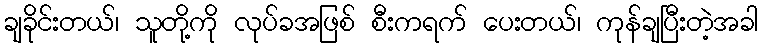
ချခိုင်းတယ်၊ သူတို့ကို လုပ်ခအဖြစ် စီးကရက် ပေးတယ်၊ ကုန်ချပြီးတဲ့အခါ